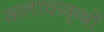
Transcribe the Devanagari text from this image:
कलाकक्षों